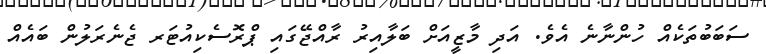
ސަބަބުތަކެއް ހުންނާނެ އެވެ. އަދި މާޒީއަށް ބަލާއިރު ރާއްޖޭގައި ޕްރޮސެކިއުޓަރ ޖެނެރަލުން ބައެއް